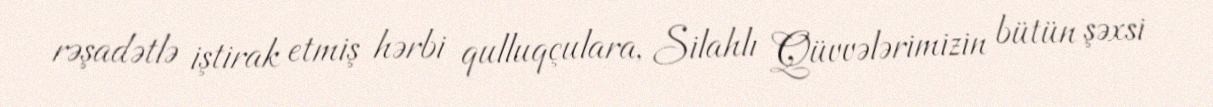
rəşadətlə iştirak etmiş hərbi qulluqçulara, Silahlı Qüvvələrimizin bütün şəxsi